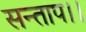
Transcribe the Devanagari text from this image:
सन्‍ताप।।